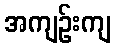
အကျဉ်းကျ